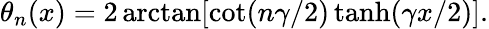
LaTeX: \theta_{n}(x)=2\arctan[\cot(n\gamma/2)\operatorname{tanh}(\gamma x/2)].